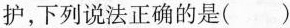
护，下列说法正确的是（）